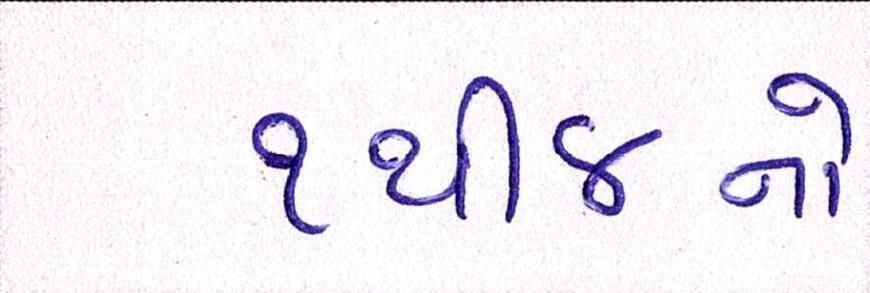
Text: ૧થી૪નો